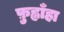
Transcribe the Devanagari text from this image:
फ़ुह्लाँहा